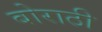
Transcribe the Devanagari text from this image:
बोराठी